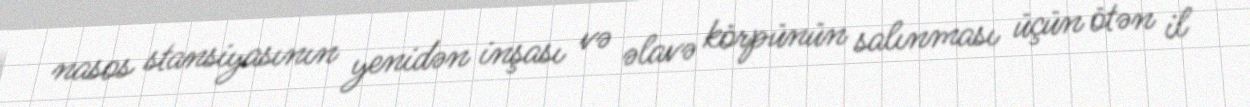
nasos stansiyasının yenidən inşası və əlavə körpünün salınması üçün ötən il